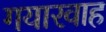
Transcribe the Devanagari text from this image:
गयारवाह